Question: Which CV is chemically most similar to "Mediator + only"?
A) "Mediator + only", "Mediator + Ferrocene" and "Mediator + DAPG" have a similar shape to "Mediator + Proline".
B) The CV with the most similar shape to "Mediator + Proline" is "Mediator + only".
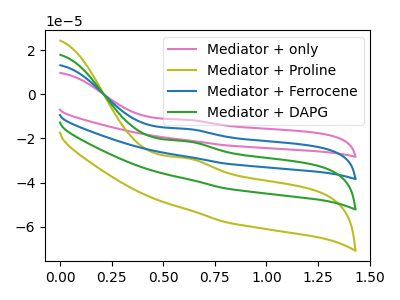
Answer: <think>The pink curve "Mediator + only" has an anodic peak at: (0.60V, -64.05uA). The olive curve "Mediator + Proline" has an anodic peak at: (0.60V, -29.00uA). The blue curve "Mediator + Ferrocene" has an anodic peak at: (0.60V, -42.70uA). The green curve "Mediator + DAPG" has an anodic peak at: (0.60V, -21.35uA).
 All the peaks in "Mediator + only" have a peak in "Mediator + Proline" at the same potential. Every peak in "Mediator + only" is lower than every peak in "Mediator + Proline". All the peaks in "Mediator + only" have a peak in "Mediator + Ferrocene" at the same potential. Every peak in "Mediator + only" is lower than every peak in "Mediator + Ferrocene". All the peaks in "Mediator + only" have a peak in "Mediator + DAPG" at the same potential. Every peak in "Mediator + only" is lower than every peak in "Mediator + DAPG". All the peaks in "Mediator + Proline" have a peak in "Mediator + Ferrocene" at the same potential. Every peak in "Mediator + Proline" is higher than every peak in "Mediator + Ferrocene". All the peaks in "Mediator + Proline" have a peak in "Mediator + DAPG" at the same potential. Every peak in "Mediator + Proline" is lower than every peak in "Mediator + DAPG". All the peaks in "Mediator + Ferrocene" have a peak in "Mediator + DAPG" at the same potential. Every peak in "Mediator + Ferrocene" is lower than every peak in "Mediator + DAPG".</think>
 <answer>A) "Mediator + only", "Mediator + Ferrocene" and "Mediator + DAPG" have a similar shape to "Mediator + Proline".</answer>
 <eval>A</eval>